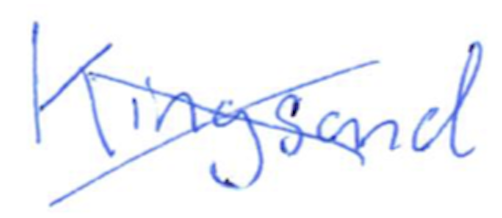
Text: Kingsand
Cross-out: mix
Writing tool: ballpoint